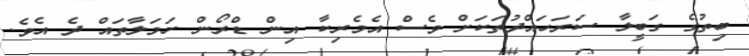
ބިތުގެ ގަބީލާ ސަރަހައްދުތަކަށް ވެސް އެމެރިކާ އިން ޑްރޯން ހަމަލާތައް ދެ އެވެ.